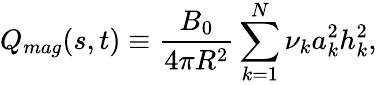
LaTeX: Q_{mag}(s,t)\equiv\frac{B_{0}}{4\pi R^{2}}\sum_{k=1}^{N}\nu_{k}a_{k}^{2}h_{k}^{2},